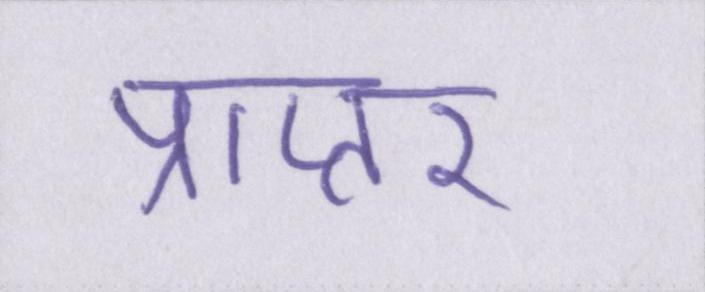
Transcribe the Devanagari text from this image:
प्राप्तर